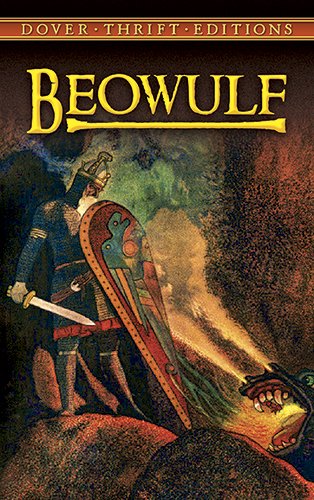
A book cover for Beowulf (Dover Thrift Editions); Literature & Fiction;